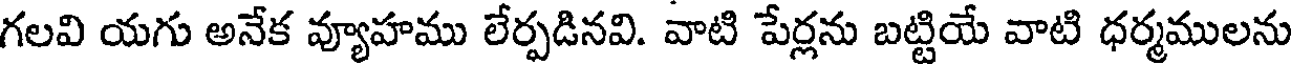
గలవి యగు అనేక వ్యూహము లేర్పడినవి. వాటి పేర్లను బట్టియే వాటి ధర్మములను